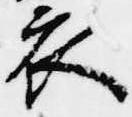
衣